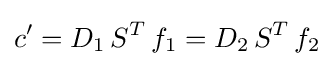
c'=D_{1}\,S^{T}\,f_{1}=D_{2}\,S^{T}\,f_{2}